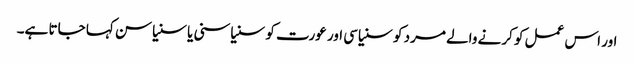
اور اس عمل کو کرنے والے مرد کو سنیاسی اور عورت کو سنیاسنی یا سنیاسن کہا جاتا ہے۔